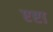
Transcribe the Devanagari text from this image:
एष्टा